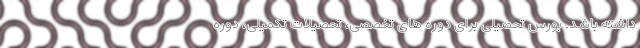
داشته باشد. بورس تحصیلی برای دوره ‌های تخصصی، تحصیلات تکمیلی، دوره